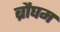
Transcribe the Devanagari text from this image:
ब्रौघम